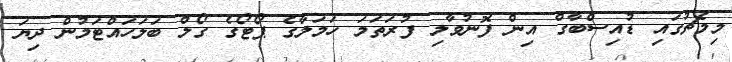
މިމެޗުގައި ޑުއިސްބާގް އިން ފޮނުވާލި ފުރަތަމަ ހަމަލާގެ ޕޯޓޯގެ ގޯލް ބަލަހައްޓަމުން ދިޔަ